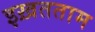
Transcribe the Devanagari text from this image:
इख़तताम